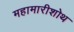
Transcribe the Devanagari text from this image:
महामारीशोथ